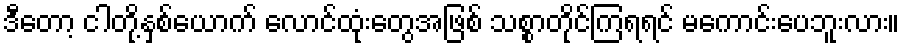
ဒီတော့ ငါတို့နှစ်ယောက် လောင်ထုံးတွေအဖြစ် သစ္စာတိုင်ကြရရင် မကောင်းပေဘူးလား။